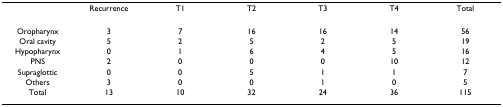
<table><thead><tr><td></td><td><b>Recurrence</b></td><td><b>T1</b></td><td><b>T2</b></td><td><b>T3</b></td><td><b>T4</b></td><td><b>Total</b></td></tr></thead><tbody><tr><td>Oropharynx</td><td>3</td><td>7</td><td>16</td><td>16</td><td>14</td><td>56</td></tr><tr><td>Oral cavity</td><td>5</td><td>2</td><td>5</td><td>2</td><td>5</td><td>19</td></tr><tr><td>Hypopharynx</td><td>0</td><td>1</td><td>6</td><td>4</td><td>5</td><td>16</td></tr><tr><td>PNS</td><td>2</td><td>0</td><td>0</td><td>0</td><td>10</td><td>12</td></tr><tr><td>Supraglottic</td><td>0</td><td>0</td><td>5</td><td>1</td><td>1</td><td>7</td></tr><tr><td>Others</td><td>3</td><td>0</td><td>0</td><td>1</td><td>0</td><td>5</td></tr><tr><td>Total</td><td>13</td><td>10</td><td>32</td><td>24</td><td>36</td><td>115</td></tr></tbody></table>